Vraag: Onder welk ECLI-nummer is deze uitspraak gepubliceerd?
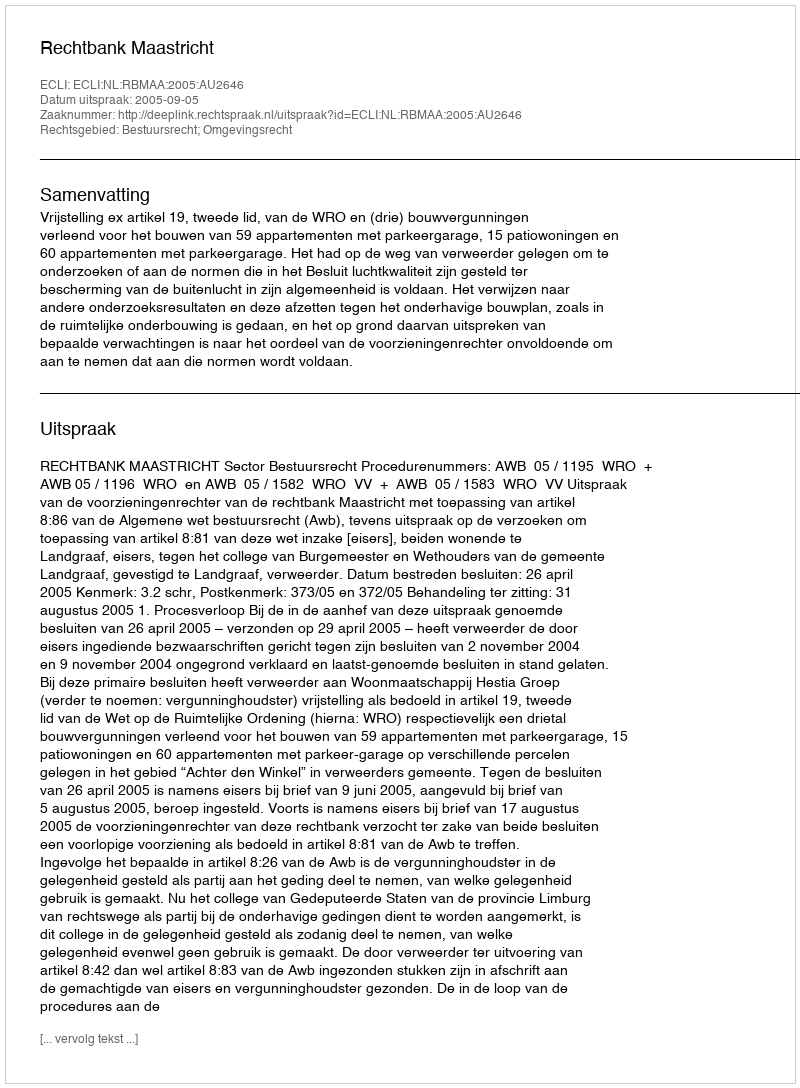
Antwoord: ECLI:NL:RBMAA:2005:AU2646